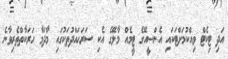
އަދި ޓިކެޓް ވިއްކުމަށްޓަކައި އެންސީއޭގެ ޓީމެއް މާލޭގެ އެކި ސަރަހައްދުތަކުގައި މާދަމާ ހަރަކާތްތެރިވާނެ